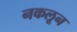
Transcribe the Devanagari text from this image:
नकलून